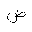
Letter: _dad